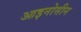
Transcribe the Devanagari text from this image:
आइनोसीन